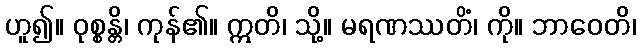
ဟူ၍။ ဝုစ္စန္တိ၊ ကုန်၏။ ဣတိ၊ သို့။ မရဏဿတိံ၊ ကို။ ဘာဝေတိ၊